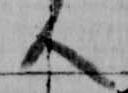
人